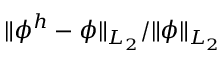
\| \phi ^ { h } - \phi \| _ { L _ { 2 } } / \| \phi \| _ { L _ { 2 } }